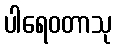
ပါရေဝတာသု